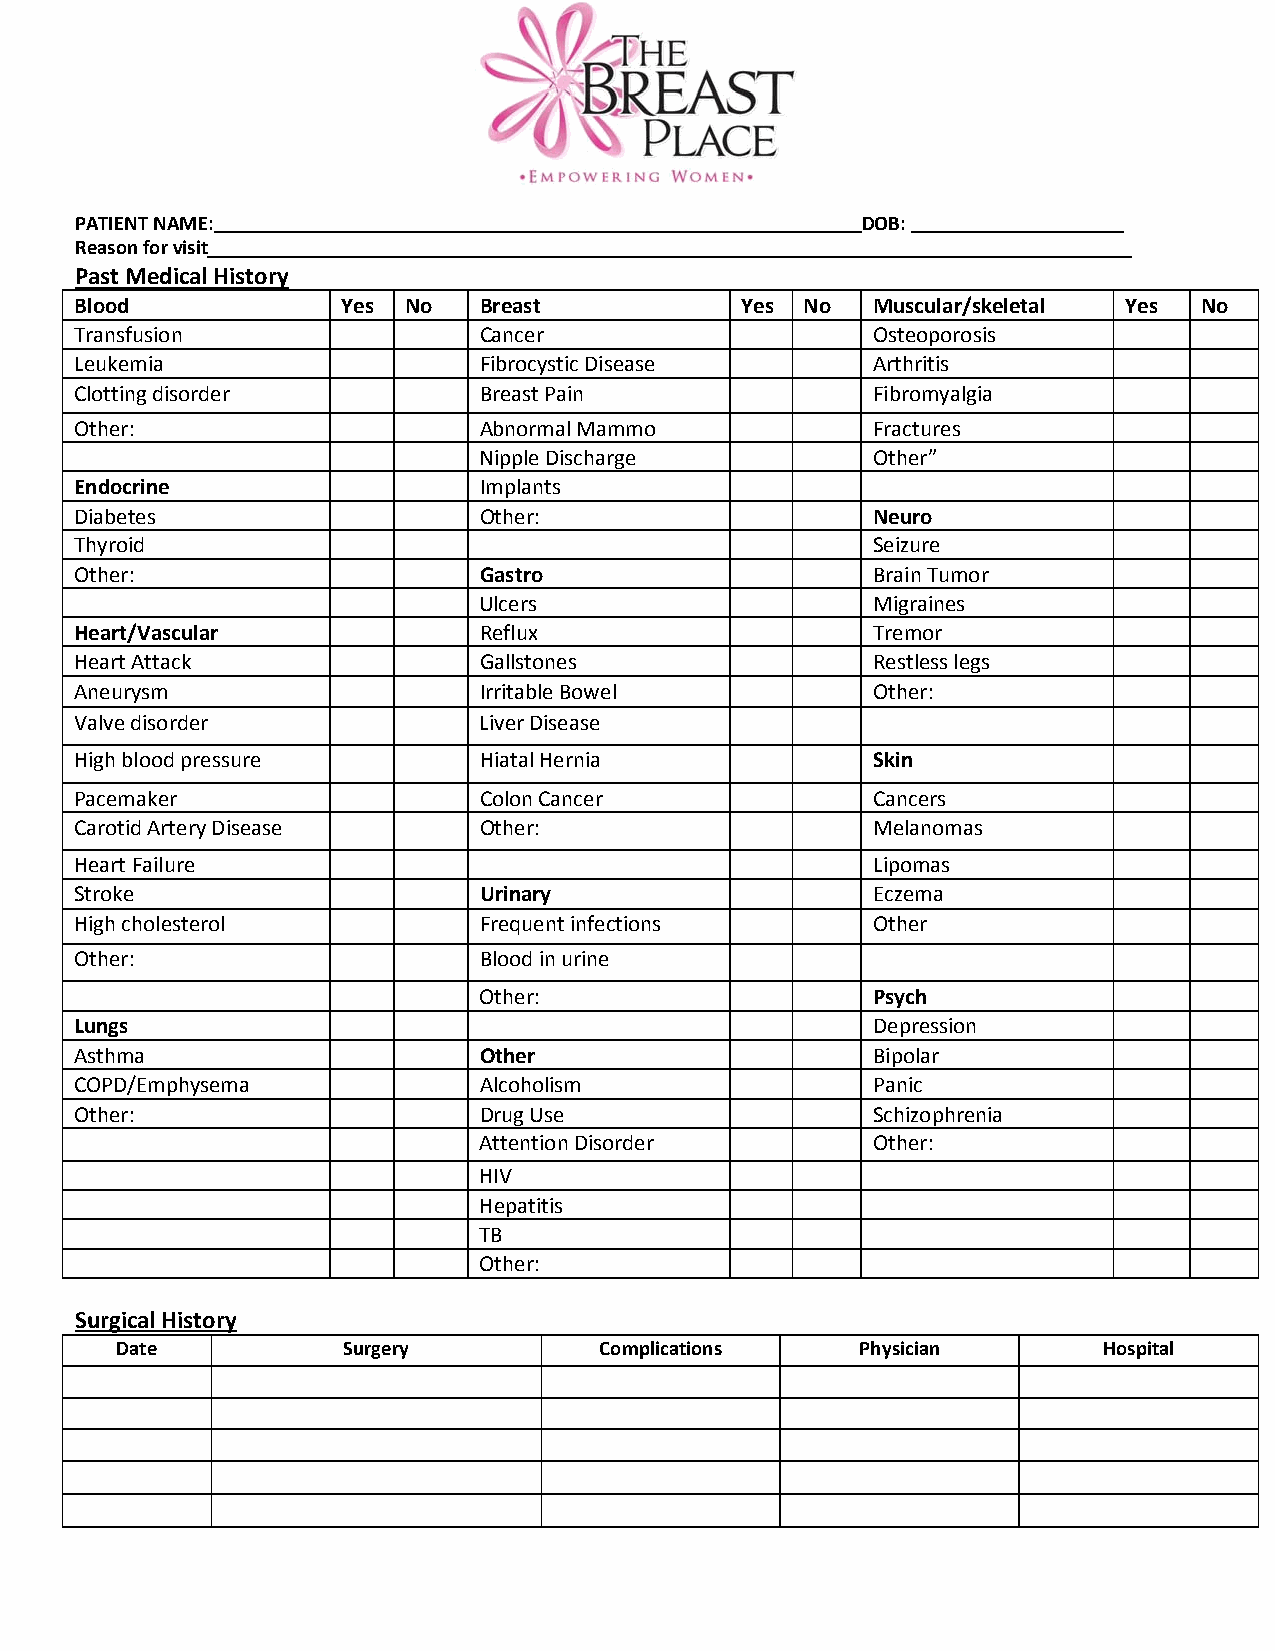
PATIENT NAME:                                       DOB:
 Reason for visit
 Past Medical History
 Blood             Yes No   Breast           Yes No   Muscular/skeletal Yes No
 Transfusion                Cancer                    Osteoporosis
 Leukemia                   Fibrocystic Disease       Arthritis
 Clotting disorder          Breast Pain               Fibromyalgia
 Other:                     Abnormal Mammo            Fractures
 Nipple Discharge          Other”
 Endocrine                  Implants
 Diabetes                   Other:                    Neuro
 Thyroid                                              Seizure
 Other:                     Gastro                    Brain Tumor
 Ulcers                    Migraines
 Heart/Vascular             Reflux                    Tremor
 Heart Attack               Gallstones                Restless legs
 Aneurysm                   Irritable Bowel           Other:
 Valve disorder             Liver Disease
 High blood pressure        Hiatal Hernia             Skin
 Pacemaker                  Colon Cancer              Cancers
 Carotid Artery Disease     Other:                    Melanomas
 Heart Failure                                        Lipomas
 Stroke                     Urinary                   Eczema
 High cholesterol           Frequent infections       Other
 Other:                     Blood in urine
 Other:                    Psych
 Lungs                                                Depression
 Asthma                     Other                     Bipolar
 COPD/Emphysema             Alcoholism                Panic
 Other:                     Drug Use                  Schizophrenia
 Attention Disorder        Other:
 HIV
 Hepatitis
 TB
 Other:
 Surgical History
 Date           Surgery          Complications    Physician       Hospital